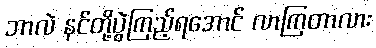
ဘာလဲ နင်တို့ပွဲကြည့်ရအောင် လာကြတာလား